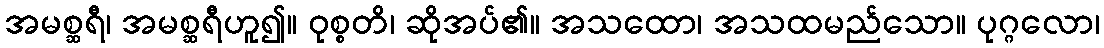
အမစ္ဆရီ၊ အမစ္ဆရီဟူ၍။ ဝုစ္စတိ၊ ဆိုအပ်၏။ အသထော၊ အသထမည်သော။ ပုဂ္ဂလော၊